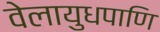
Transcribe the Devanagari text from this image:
वेलायुधपाणि